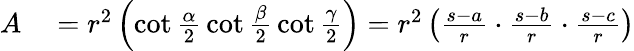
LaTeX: \begin{array}{rl}{A}&{{}=r^{2}\left(\cot{\frac{\alpha}{2}}\cot{\frac{\beta}{2}}\cot{\frac{\gamma}{2}}\right)=r^{2}\left({\frac{s-a}{r}}\cdot{\frac{s-b}{r}}\cdot{\frac{s-c}{r}}\right)}\end{array}